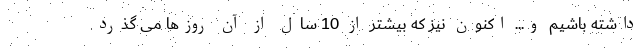
داشته باشیم و... اکنون نیز که بیشتر از 10 سال از آن روزها می گذرد